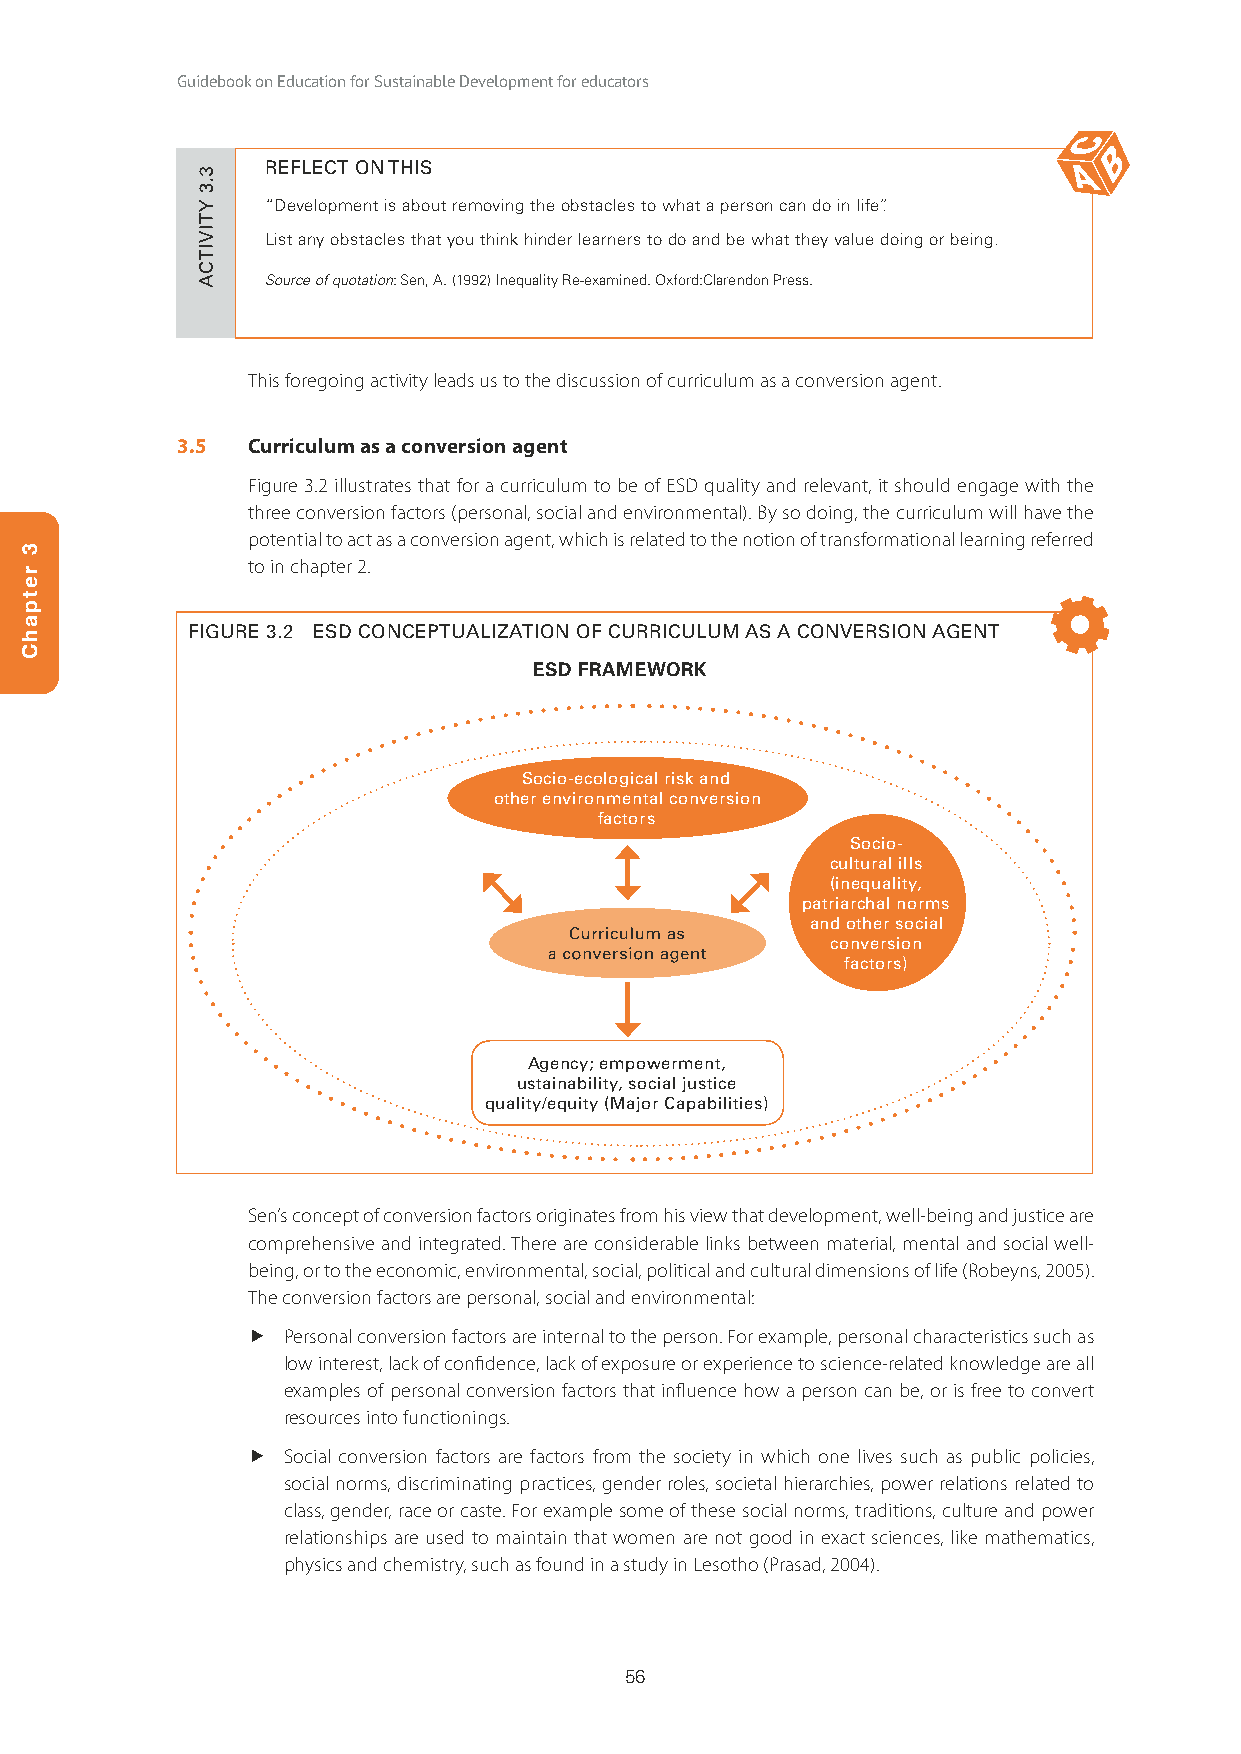
Guidebook on Education for Sustainable Development for educators
 REFLECT ON THIS
 “Development is about removing the obstacles to what a person can do in life”.
 List any obstacles that you think hinder learners to do and be what they value doing or being.
 Source of quotation: Sen, A. (1992) Inequality Re-examined. Oxford:Clarendon Press.
 This foregoing activity leads us to the discussion of curriculum as a conversion agent.
 3.5 Curriculum as a conversion agent
 Figure 3.2 illustrates that for a curriculum to be of ESD quality and relevant, it should engage with the
 three conversion factors (personal, social and environmental). By so doing, the curriculum will have the
 potential to act as a conversion agent, which is related to the notion of transformational learning referred
 to in chapter 2.
 FIGURE 3.2 ESD CONCEPTUALIZATION OF CURRICULUM AS A CONVERSION AGENT
 ESD FRAMEWORK
 Socio-ecological risk and
 other environmental conversion
 factors
 Socio-
 cultural ills
 (inequality,
 patriarchal norms
 and other social
 Curriculum as
 conversion
 aa ccoonnvveerrssiioonn aaggeenntt
 factors)
 Agency; empowerment,
 ustainability, social justice
 quality/equity (Major Capabilities)
 Sen’s concept of conversion factors originates from his view that development, well-being and justice are
 comprehensive and integrated. There are considerable links between material, mental and social well-
 being, or to the economic, environmental, social, political and cultural dimensions of life (Robeyns, 2005).
 The conversion factors are personal, social and environmental:
   Personal conversion factors are internal to the person. For example, personal characteristics such as
 low interest, lack of confidence, lack of exposure or experience to science-related knowledge are all
 examples of personal conversion factors that influence how a person can be, or is free to convert
 resources into functionings.
   Social conversion factors are factors from the society in which one lives such as public policies,
 social norms, discriminating practices, gender roles, societal hierarchies, power relations related to
 class, gender, race or caste. For example some of these social norms, traditions, culture and power
 relationships are used to maintain that women are not good in exact sciences, like mathematics,
 physics and chemistry, such as found in a study in Lesotho (Prasad, 2004).
 56
 3
 retpahC
 3.3
 YTIVITCA